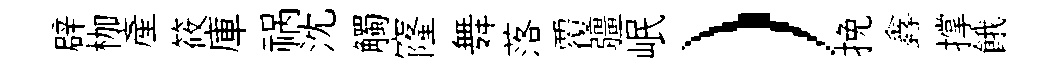
辟枷産筱庫祸沈觸窿舞落覆疆岷）挽鑫撑餓